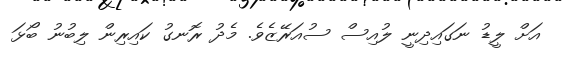
އަށް ލީޑު ނަގައިދިނީ ލުއިސް ސުއަރޭޒެވެ. މެދު ރޮނގު ކައިރިން ލިބުނު ބޯޅަ